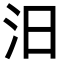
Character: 汨